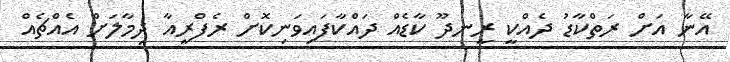
އޭނާ އަށް ރަތްކާޑު ދެއްކީ ރީނދޫ ކާޑެއް ދައްކާފައިވަނިކޮށް ރެފްރީއާ ދިމާލަށް އެއްޗެއް